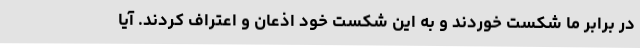
در برابر ما شکست خوردند و به این شکست خود اذعان و اعتراف کردند. آیا